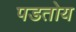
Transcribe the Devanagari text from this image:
पडतोय